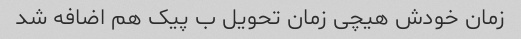
زمان خودش هیچی زمان تحویل ب پیک هم اضافه شد